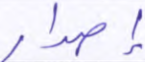
إصدار